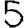
Digit: 5